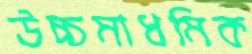
উচ্চমাধমিক